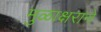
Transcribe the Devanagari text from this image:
मुळाक्षराने